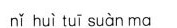
n\check{i} hu\check{i} tu\bar{i} su\check{a} n ma